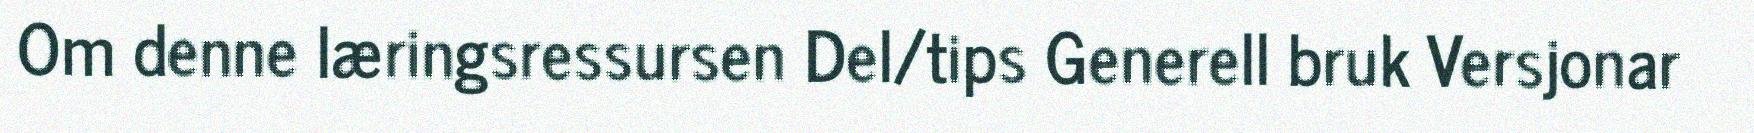
Om denne læringsressursen Del/tips Generell bruk Versjonar